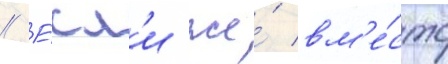
// Е́сл'и же́ вм'е́сто